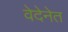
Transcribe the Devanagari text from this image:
वेदेनेत